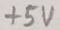
Text: +5V